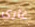
غارى